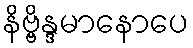
နိဗ္ဗိန္ဒမာနောပေ